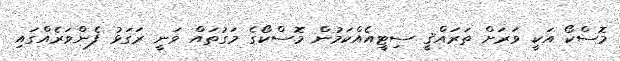
މޮސްކޯ އަކީ ވަރަށް ތަރައްޤީ ސިޓީއެއްކަމުން މޮސްކޯގެ މަގުތައް ވަނީ ރަގަޅު ފެންވަރެއްގައި